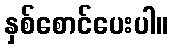
နှစ်စောင်ပေးပါ။